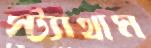
স্ট্যাথাম